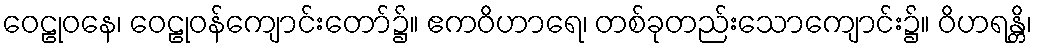
ဝေဠုဝနေ၊ ဝေဠုဝန်ကျောင်းတော်၌။ ဧကဝိဟာရေ၊ တစ်ခုတည်းသောကျောင်း၌။ ဝိဟရန္တိ၊